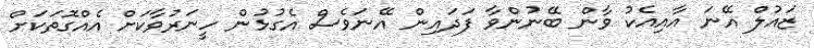
ޒައުލް އޭނަ އާއިއެކު ވާން ބޭނުންވާ ފަދައިން އޭނަވެސް އެގުޅުން ހީނަރުވާކަށް އެއްގޮތަކަށް